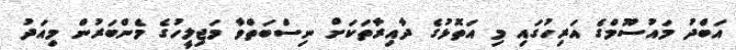
އަބްދު މައުސޫމްގެ އަރިހުގައި މި އަތޮޅުގެ ދާއިރާތަކަށް ނިސްބަތްވާ މަޖިލީހުގެ މެންބަރުން މިއަދު